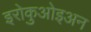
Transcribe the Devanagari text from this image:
इरोकुओइअन